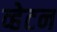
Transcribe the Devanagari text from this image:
व्हेटन